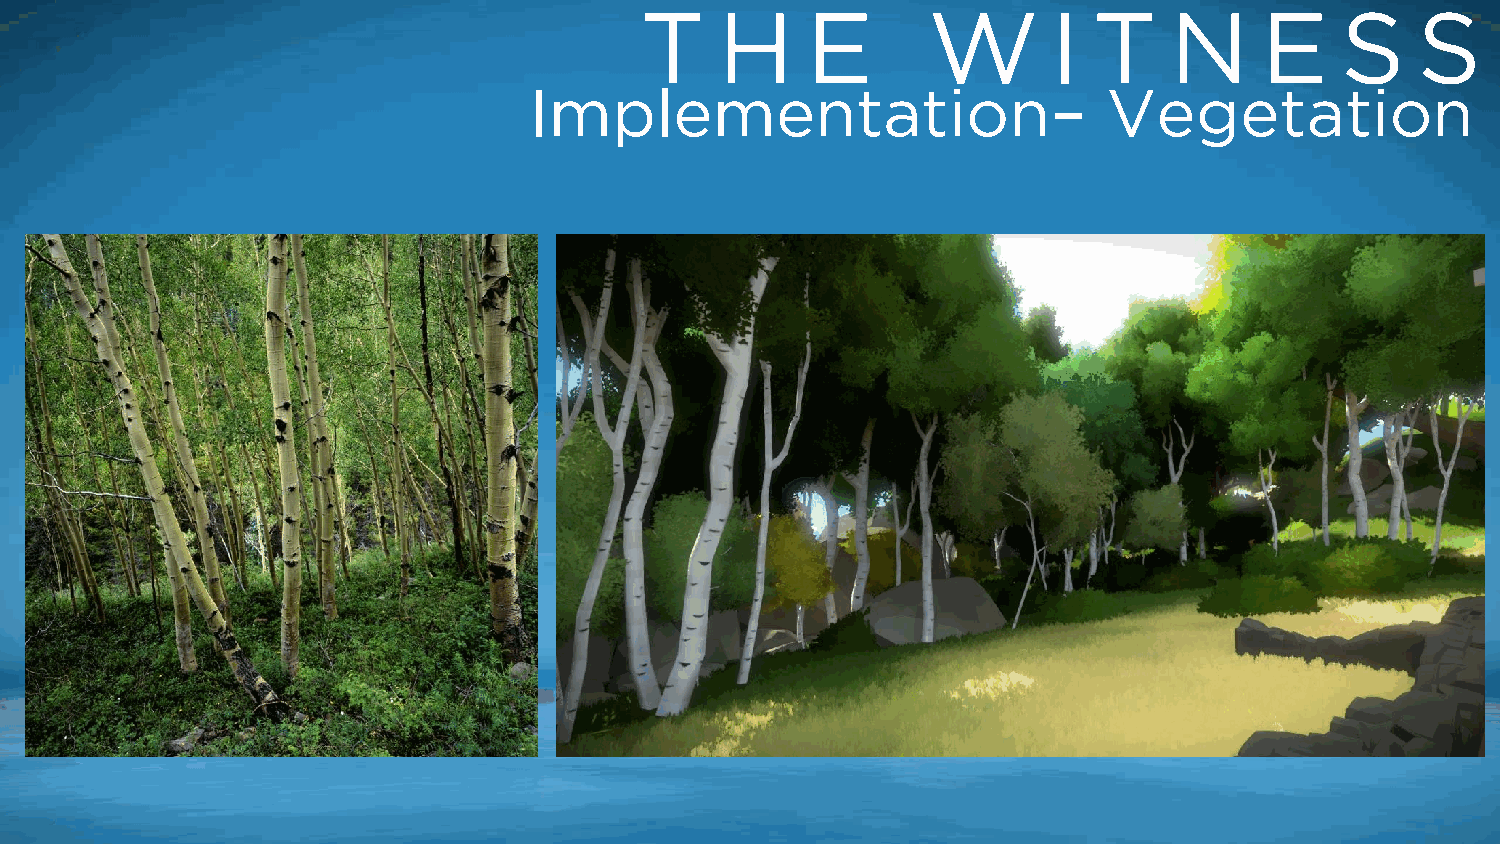
T     H    E       W        I T    N      E    S    S
 Implementation–                       Vegetation